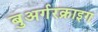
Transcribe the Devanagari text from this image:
बुअर्गरक्राइग